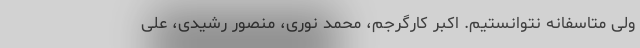
ولی متاسفانه نتوانستیم. اکبر کارگرجم، محمد نوری، منصور رشیدی، علی